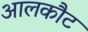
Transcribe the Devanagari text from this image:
आलकौट